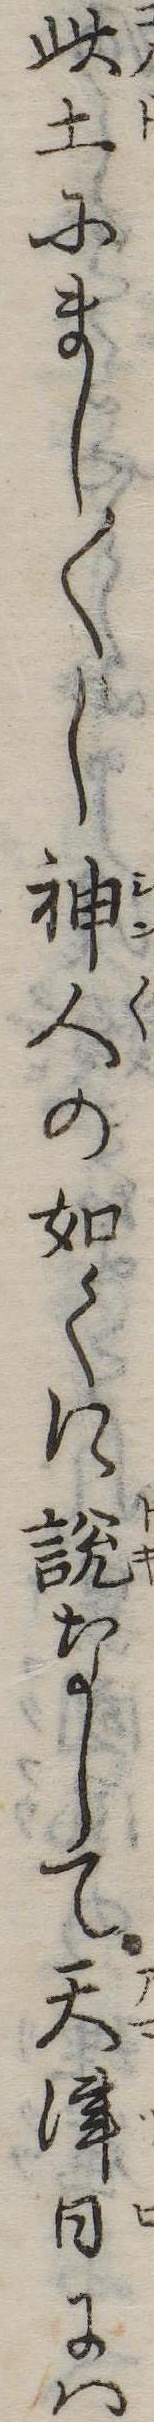
此土にまし〱し神人の如くに説なして天津日には